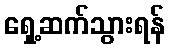
ရှေ့ဆက်သွားရန်